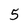
Character: 5